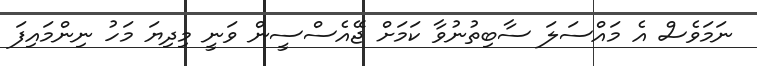
ނަމަވެސް އެ މައްސަލަ ސާބިތުނުވާ ކަމަށް ޖޭއެސްސީން ވަނީ މިދިޔަ މަހު ނިންމައިފަ